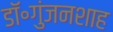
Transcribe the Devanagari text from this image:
डॉ॰गुंजनशाह